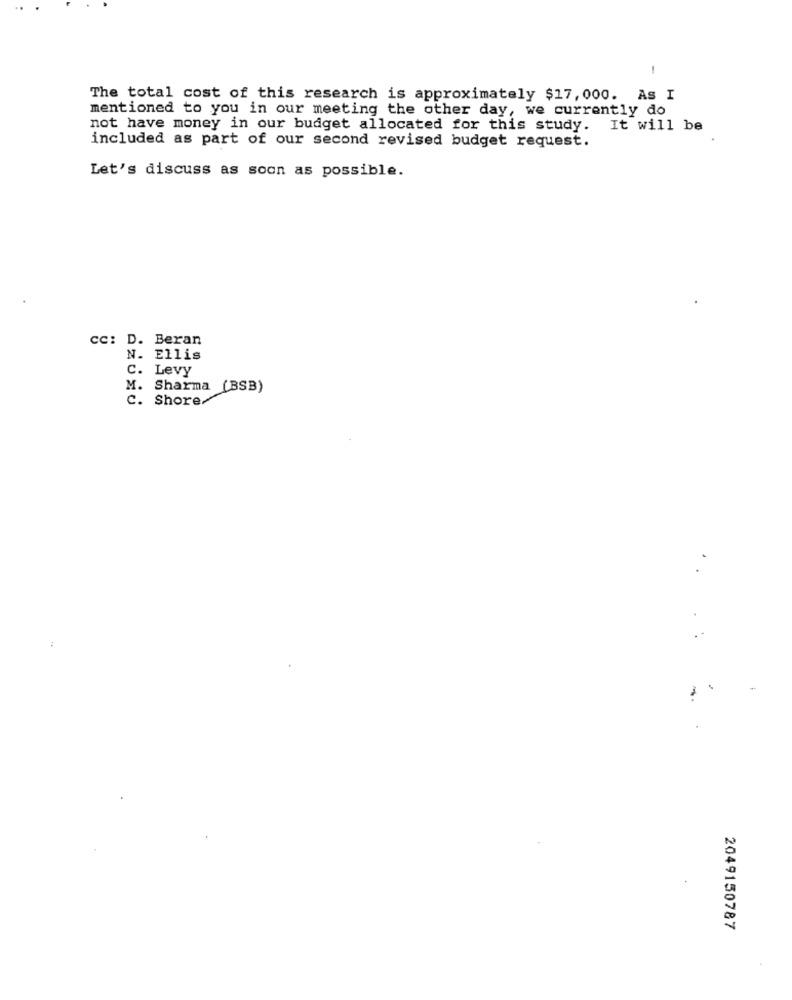
1
The total cost of this research is approximately $17, 000. As I
mentioned to you in our meeting the other day, we currently do
not have money in our budget allocated for this study. It will be
included as part of our second revised budget request.
Let's discuss as soon as possible.
CC: D. Beran
N. Ellis
C. Levy
M. Sharma (BSB)
C. Shore/
2049150787